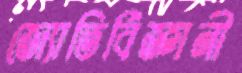
জ্যোতির্বিজ্ঞানী